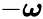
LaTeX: -\boldsymbol{\omega}